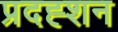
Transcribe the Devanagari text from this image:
प्रदह्शन